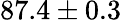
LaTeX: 87.4\pm 0.3